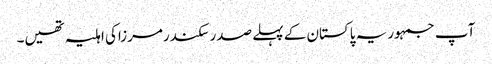
آپ جمہوریہ پاکستان کے پہلے صدرسکندرمرزاکی اہلیہ تھیں۔